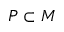
P \subset M